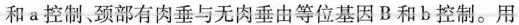
和a控制、颈部有肉垂与无肉垂由等位基因B和b控制。用